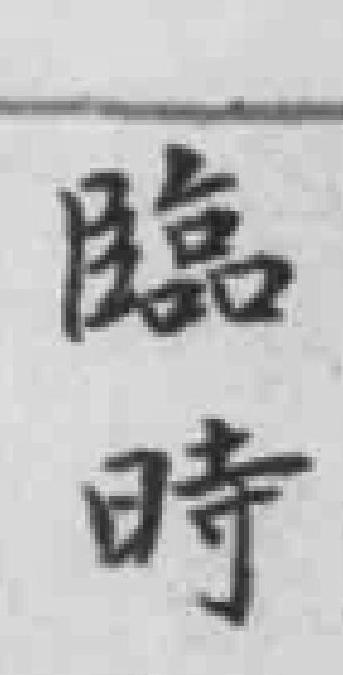
臨時